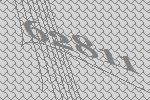
62811